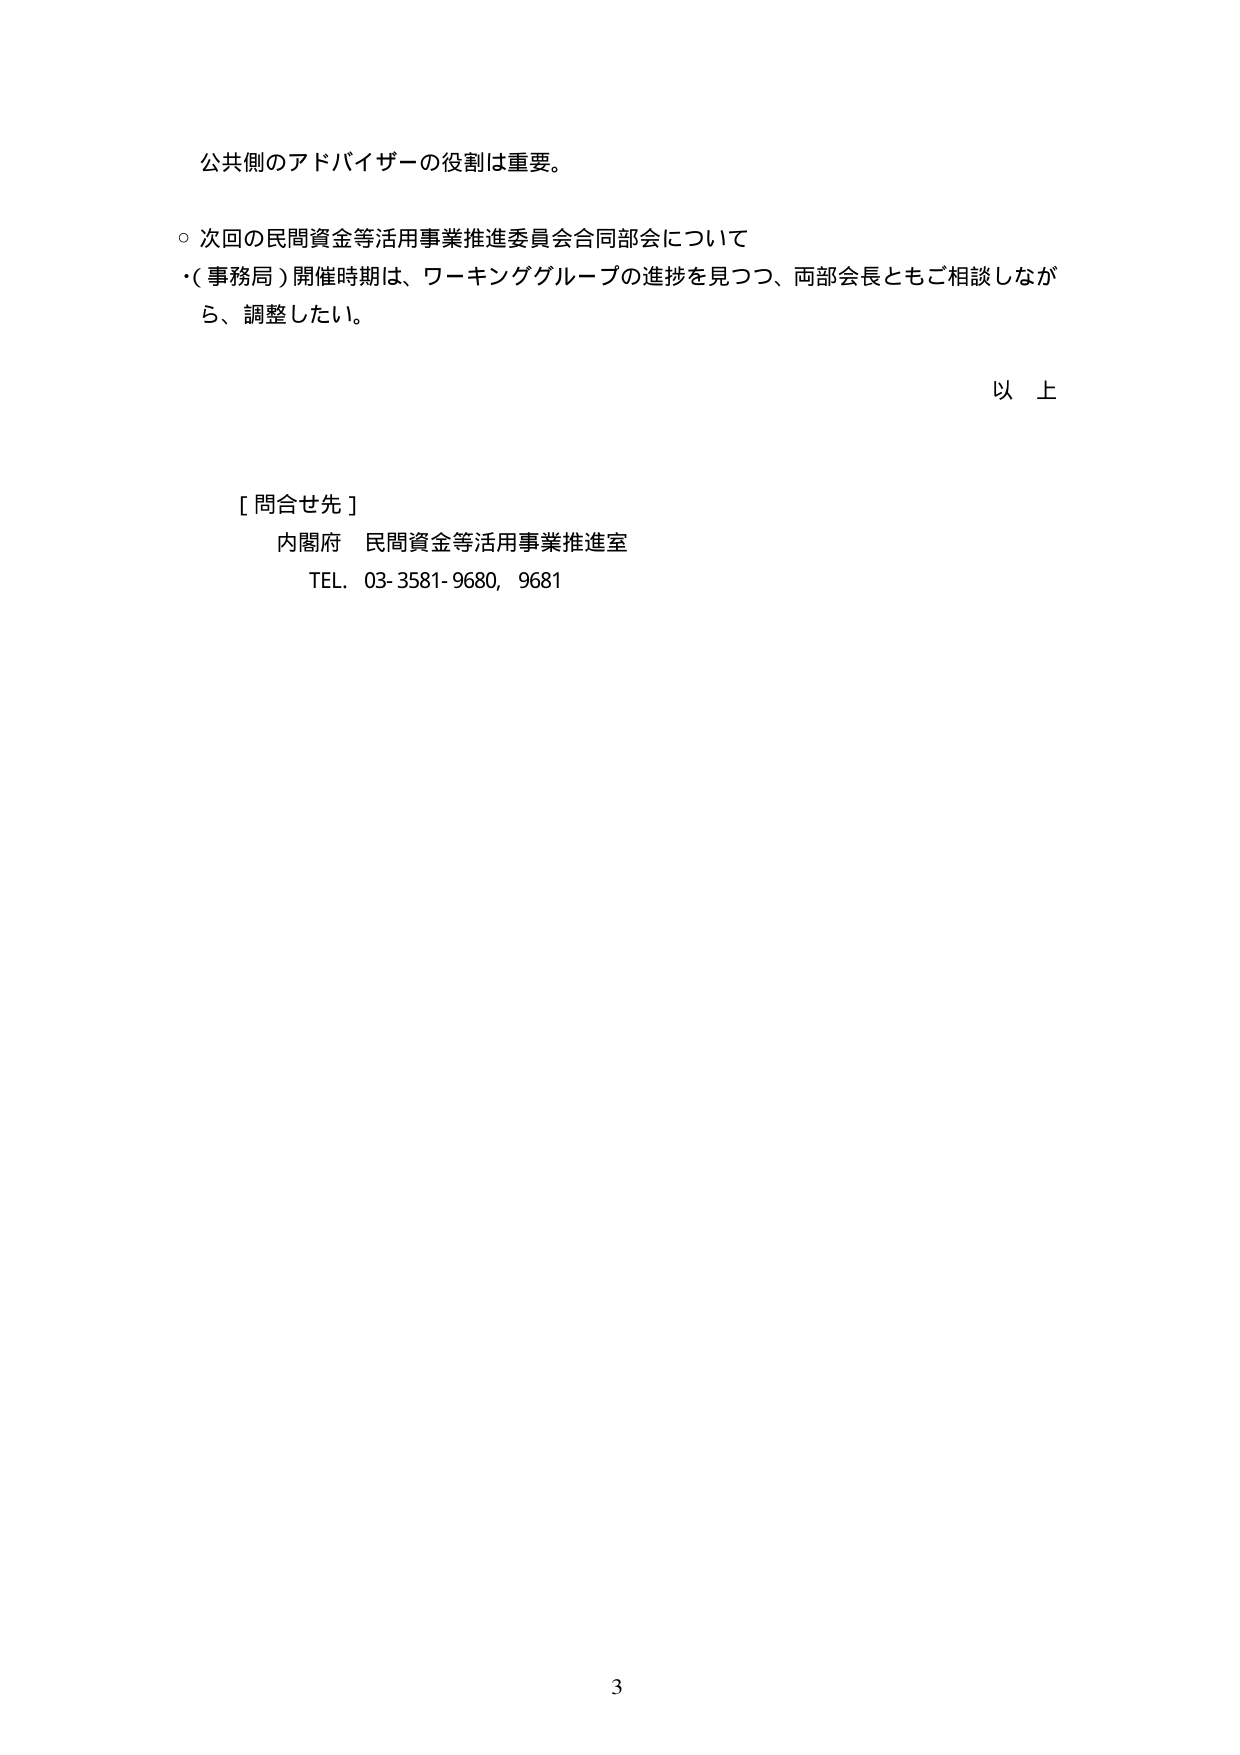
公共側のアドバイザーの役割は重要。

○ 次回の民間資金等活用事業推進委員会合同部会について
・（事務局）開催時期は、ワーキンググループの進捗を見つつ、両部会長ともご相談しながら、調整したい。

以 上

[ 問合せ先 ]
内閣府 民間資金等活用事業推進室
TEL. 03-3581-9680, 9681

3